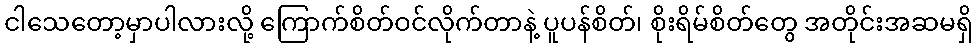
ငါသေတော့မှာပါလားလို့ ကြောက်စိတ်ဝင်လိုက်တာနဲ့ ပူပန်စိတ်၊ စိုးရိမ်စိတ်တွေ အတိုင်းအဆမရှိ